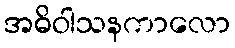
အဓိဝါသနကာလော